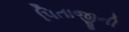
પિતાજીની